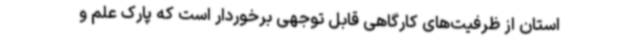
استان از ظرفیت‌های کارگاهی قابل توجهی برخوردار است که پارک علم و